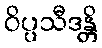
ဝိပ္ပသီဒန္တိ